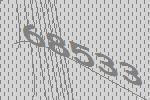
68533